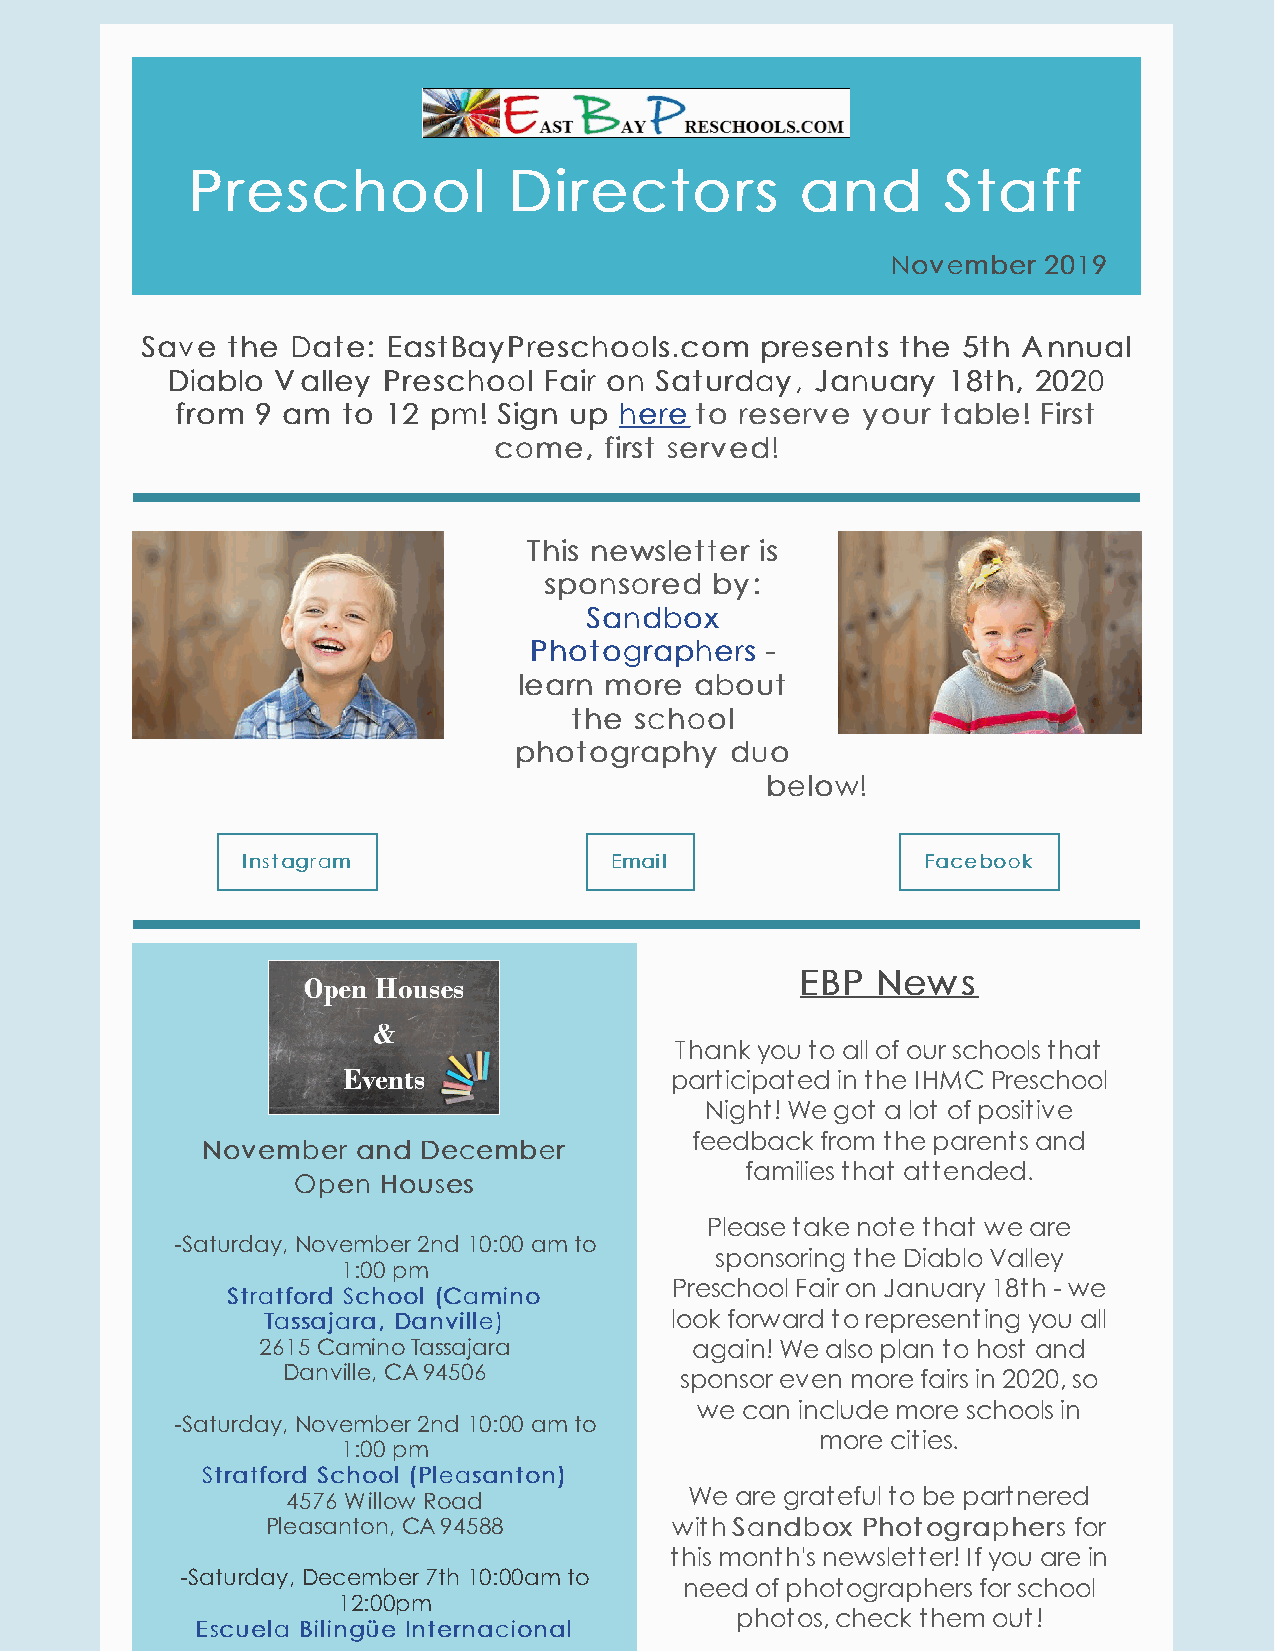
PPrreesscchhooooll    DDiirreeccttoorrss aanndd   SSttaaffff
 NNoovveemmbbeerr 22001199
 SSaavvee tthhee DDaattee:: EEaassttBBaayyPPrreesscchhoooollss..ccoomm pprreesseennttss tthhee 55tthh AAnnnnuuaall
 DDiiaabblloo VVaalllleeyy PPrreesscchhooooll FFaaiirr oonn SSaattuurrddaayy,, JJaannuuaarryy 1188tthh,, 22002200
 ffrroomm 99 aamm ttoo 1122 ppmm!! SSiiggnn uupp hheerree ttoo rreesseerrvvee yyoouurr ttaabbllee!! FFiirrsstt
 ccoommee,, ffiirrsstt sseerrvveedd!!
 TThhiiss nneewwsslleetttteerr iiss
 ssppoonnssoorreedd bbyy::
 SSaannddbbooxx
 PPhhoottooggrraapphheerrss --
 lleeaarrnn mmoorree aabboouutt
 tthhee sscchhooooll
 pphhoottooggrraapphhyy dduuoo
 bbeellooww!!
 ​​
 IInnssttaaggrraamm      EEmmaaiill           FFaacceebbooookk
 EEBBPP NNeewwss
 Thank you to all of our schools that
 participated in the IHMC Preschool
 Night! We got a lot of positive
 feedback from the parents and
 NNoovveemmbbeerr aanndd DDeecceemmbbeerr
 families that attended.
 OOppeenn HHoouusseess
 Please take note that we are
 -Saturday, November 2nd 10:00 am to
 sponsoring the Diablo Valley
 1:00 pm
 Preschool Fair on January 18th - we
 SSttrraattffoorrdd SScchhooooll ((CCaammiinnoo
 TTaassssaajjaarraa,, DDaannvviillllee)) look forward to representing you all
 2615 Camino Tassajara        again! We also plan to host and
 Danville, CA 94506        sponsor even more fairs in 2020, so
 we can include more schools in
 -Saturday, November 2nd 10:00 am to
 more cities.
 1:00 pm
 SSttrraattffoorrdd SScchhooooll ((PPlleeaassaannttoonn))
 4576 Willow Road           We are grateful to be partnered
 Pleasanton, CA 94588       with SSaannddbbooxx PPhhoottooggrraapphheerrss for
 this month's newsletter! If you are in
 -Saturday, December 7th 10:00am to
 need of photographers for school
 12:00pm
 photos, check them out!
 EEssccuueellaa BBiilliinnggüüee IInntteerrnnaacciioonnaall